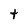
Character: t